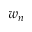
w _ { n }